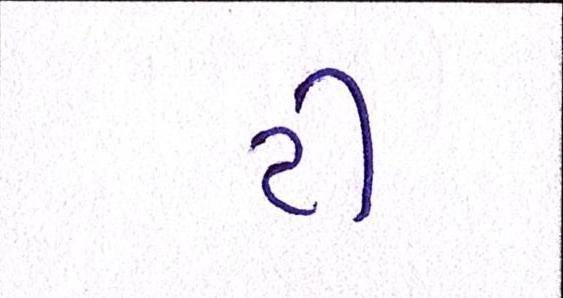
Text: ટી